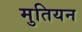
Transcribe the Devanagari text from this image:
मुतियन